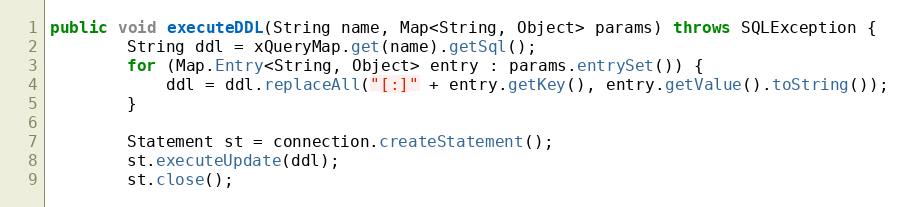
Language: Java
public void executeDDL(String name, Map<String, Object> params) throws SQLException {
		String ddl = xQueryMap.get(name).getSql();
		for (Map.Entry<String, Object> entry : params.entrySet()) {
			ddl = ddl.replaceAll("[:]" + entry.getKey(), entry.getValue().toString());
		}

		Statement st = connection.createStatement();
		st.executeUpdate(ddl);
		st.close();